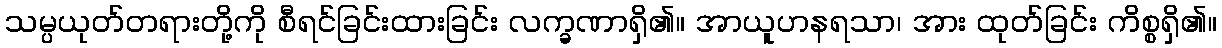
သမ္ပယုတ်တရားတို့ကို စီရင်ခြင်းထားခြင်း လက္ခဏာရှိ၏။ အာယူဟနရသာ၊ အား ထုတ်ခြင်း ကိစ္စရှိ၏။